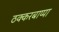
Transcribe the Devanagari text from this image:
ठक्करबाप्पा